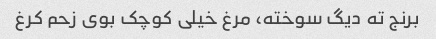
برنج ته دیگ سوخته، مرغ خیلی کوچک بوی زحم کرغ